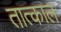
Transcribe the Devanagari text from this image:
तात्काल